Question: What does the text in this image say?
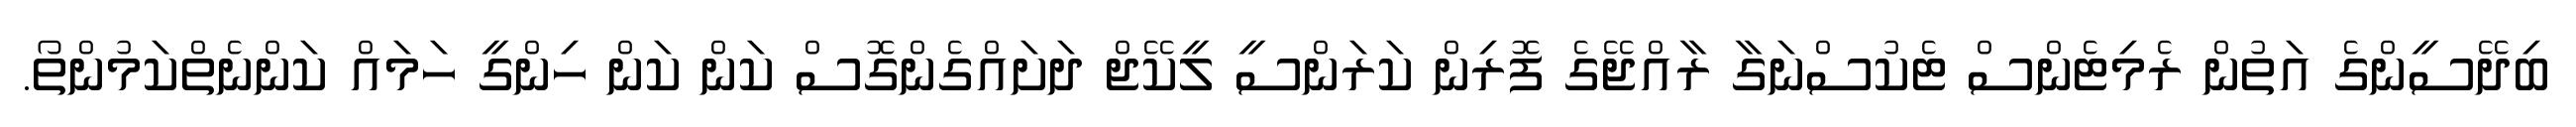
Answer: ބިދޭސީންގެ އަތުން ރެމިޓެންސް ޓެކުސްނަގާ ރާއްޖޭގެ ފޮރިން ކަރަންސީ ލީކޭޖް ދަށައްގެންގޮސް ކަން ކަން ހިންގީ ހަމައް ކަންނެތްކަމުންތޯ.